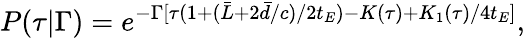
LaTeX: P(\tau\vert\Gamma)=e^{-\Gamma[\tau(1+(\bar{L}+2\bar{d}/c)/2t_{E})-K(\tau)+K_{1}(\tau)/4t_{E}]},